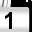
Digit: 1